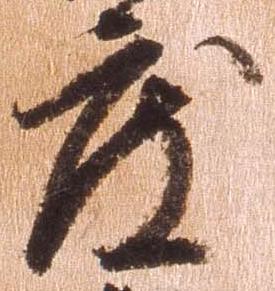
度